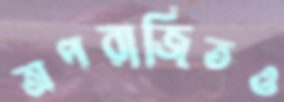
অপরাজিতও